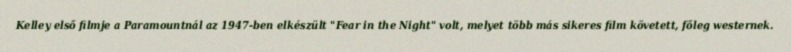
Kelley első filmje a Paramountnál az 1947-ben elkészült "Fear in the Night" volt, melyet több más sikeres film követett, főleg westernek.